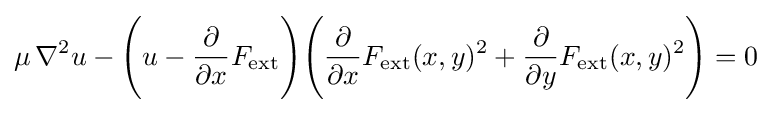
\mu \,\nabla ^{2}u-{\Bigg (}u-{\frac {\partial }{\partial x}}F_{\text{ext}}{\Bigg )}{\Bigg (}{\frac {\partial }{\partial x}}F_{\text{ext}}(x,y)^{2}+{\frac {\partial }{\partial y}}F_{\text{ext}}(x,y)^{2}{\Bigg )}=0